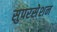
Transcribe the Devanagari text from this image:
सुपरसेशन